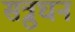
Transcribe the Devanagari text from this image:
सत्रुघन